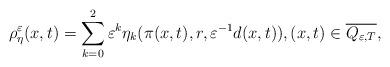
LaTeX: \begin{align*} \rho_\eta^\varepsilon(x,t) = \sum_{k=0}^2\varepsilon^k\eta_k(\pi(x,t),r,\varepsilon^{-1}d(x,t)), (x,t)\in\overline{Q_{\varepsilon,T}},\end{align*}